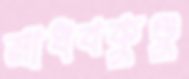
মাধবকুণ্ডু